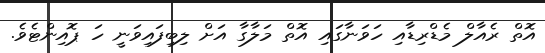
އޮތް ރެއާލް މެޑްރިޑާއި ހަވަނާގައި އޮތް މަލާގާ އަށް ލިބިފައިވަނީ ހަ ޕޮއިންޓެވެ.